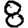
Digit: 8